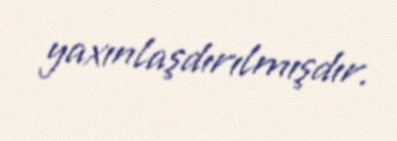
yaxınlaşdırılmışdır.